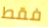
فقط